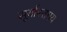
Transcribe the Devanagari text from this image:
सूर्यास्तमय